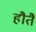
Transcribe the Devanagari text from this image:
हौतै